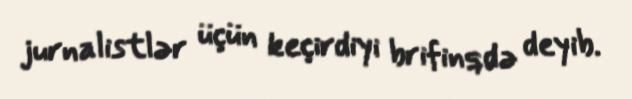
jurnalistlər üçün keçirdiyi brifinqdə deyib.